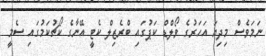
ނަމަވެސް މިދިޔަ އަހަރުގެ ވޯލްޑް ކަޕުގައި ބްރެޒިލް ކެޓީ އޭނާގެ ކޯޗުކަމުގައި ސެމީ